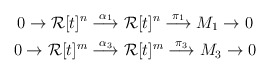
\begin{gather*}0 \to \mathcal{R}[t]^{n} \stackrel{\alpha_{1}}\longrightarrow \mathcal{R}[t]^{n} \stackrel{\pi_{1}}\longrightarrow M_{1} \to 0\\0 \to \mathcal{R}[t]^{m} \stackrel{\alpha_{3}}\longrightarrow \mathcal{R}[t]^{m} \stackrel{\pi_{3}}\longrightarrow M_{3} \to 0\end{gather*}